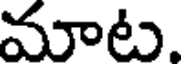
మాట.